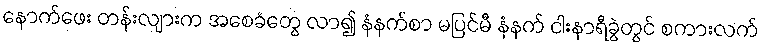
နောက်ဖေး တန်းလျားက အစေခံတွေ လာ၍ နံနက်စာ မပြင်မီ နံနက် ငါးနာရီခွဲတွင် စကားလက်